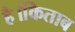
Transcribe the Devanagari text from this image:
है।किताब